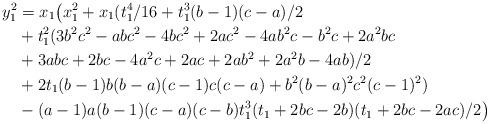
LaTeX: \begin{align*}y_1^2 &= x_1\big(x_1^2 + x_1(t_1^4/16 + t_1^3(b-1)(c-a)/2 \\ & + t_1^2(3b^2c^2-abc^2-4bc^2+2ac^2-4ab^2c-b^2c+2a^2bc \\ & +3abc+2bc-4a^2c+2ac+2ab^2+2a^2b-4ab)/2 \\ & + 2t_1(b-1)b(b-a)(c-1)c(c-a) + b^2(b-a)^2c^2(c-1)^2 ) \\ & - (a-1)a(b-1)(c-a)(c-b)t_1^3(t_1+2bc-2b)(t_1+2bc-2ac)/2 \big)\end{align*}